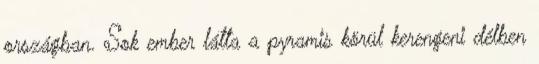
országban. Sok ember látta a pyramis körül kerengeni délben